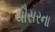
ચૌસરના